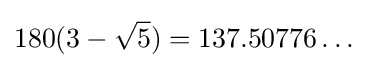
180(3-{\sqrt {5}})=137.50776\ldots